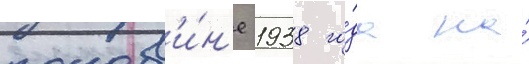
полов'и́н'е 1938 го́да на́